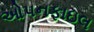
ઓપનફાઇલ